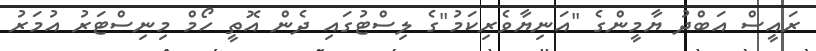
ރައީސް އަބްދު ޔާމީންގެ "އަނިޔާވެރިކަމު"ގެ ލިސްޓުގައި ދެން އޮތީ ހޯމް މިނިސްޓަރު އުމަރު